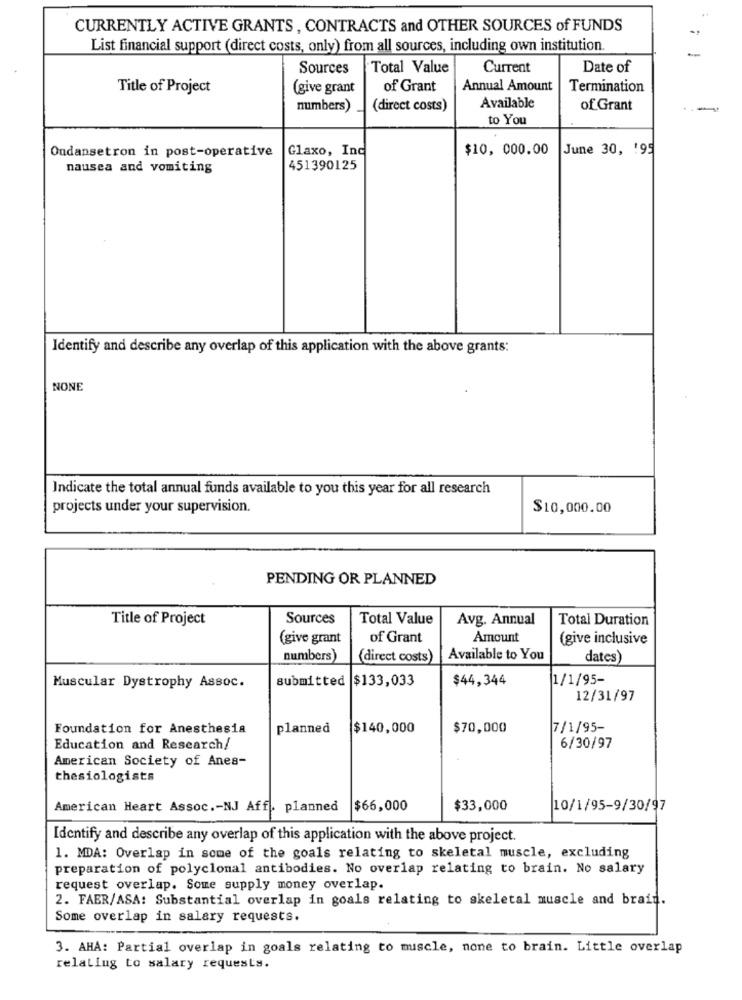
CURRENTLY ACTIVE GRANTS , CONTRACTS and OTHER SOURCES of FUNDS
List financial support (direct costs, only) from all sources, including own institution.
Sources
Total Value
Current
Date of
Title of Project
(give grant
of Grant
Annual Amount
Termination
numbers)
(direct costs)
Available
of Grant
to You
Ondansetron in post-operative
Glaxo, Inc
$10, 000.00
June 30, '95
nausea and vomiting
451390125
Identify and describe any overlap of this application with the above grants:
NONE
Indicate the total annual funds available to you this year for all research
projects under your supervision.
$10,000.00
PENDING OR PLANNED
Title of Project
Sources
Total Value
Avg. Annual
Total Duration
(give grant
of Grant
Amount
(give inclusive
numbers)
(direct costs)
Available to You
dates)
submitted
$133,033
$44,344
1/1/95-
Muscular Dystrophy Assoc.
12/31/97
Foundation for Anesthesia
planned
$140,000
$70,000
7/1/95-
Education and Research/
6/30/97
American Society of Anes-
thesiologists
American Heart Assoc .- NJ Aff. planned
$66,000
$33,000
10/1/95-9/30/97
Identify and describe any overlap of this application with the above project.
1. MDA: Overlap in some of the goals relating to skeletal muscle, excluding
preparation of polyclonal antibodies. No overlap relating to brain. No salary
request overlap. Some supply money overlap.
2. FAER/ASA: Substantial overlap in goals relating to skeletal muscle and brain.
Some overlap in salary requests.
3. AHA: Partial overlap in goals relating to muscle, none to brain. Little overlap
relating to salary requests.